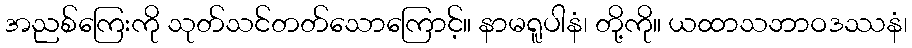
အညစ်ကြေးကို သုတ်သင်တတ်သောကြောင့်။ နာမရူပါနံ၊ တို့ကို။ ယထာသဘာဝဒဿနံ၊